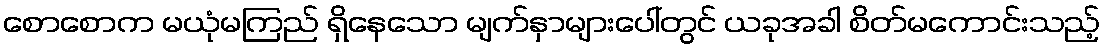
စောစောက မယုံမကြည် ရှိနေသော မျက်နှာများပေါ်တွင် ယခုအခါ စိတ်မကောင်းသည့်